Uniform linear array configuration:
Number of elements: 24
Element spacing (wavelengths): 0.75
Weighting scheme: binomial
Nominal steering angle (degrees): -30
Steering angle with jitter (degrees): -31.003
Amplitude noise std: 0.05
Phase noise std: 0.05

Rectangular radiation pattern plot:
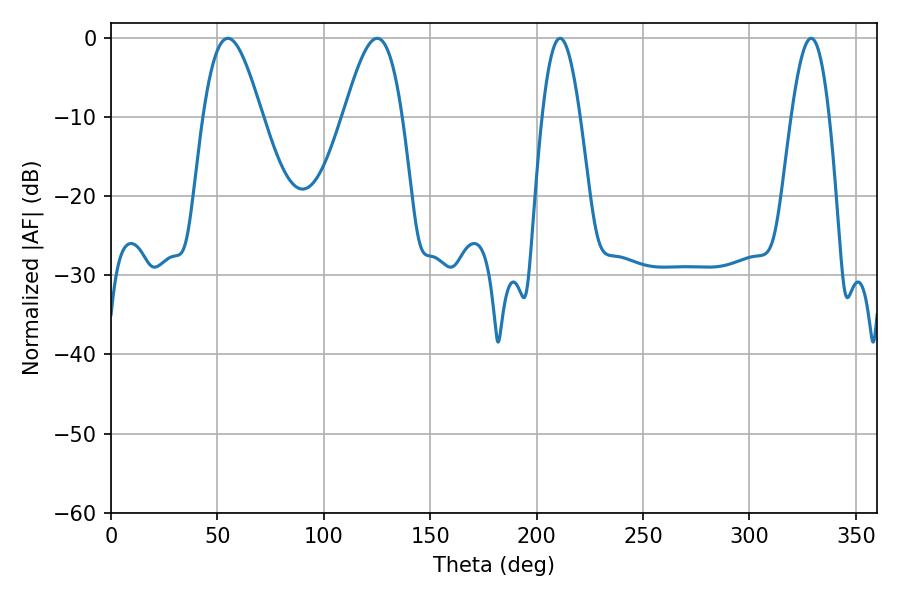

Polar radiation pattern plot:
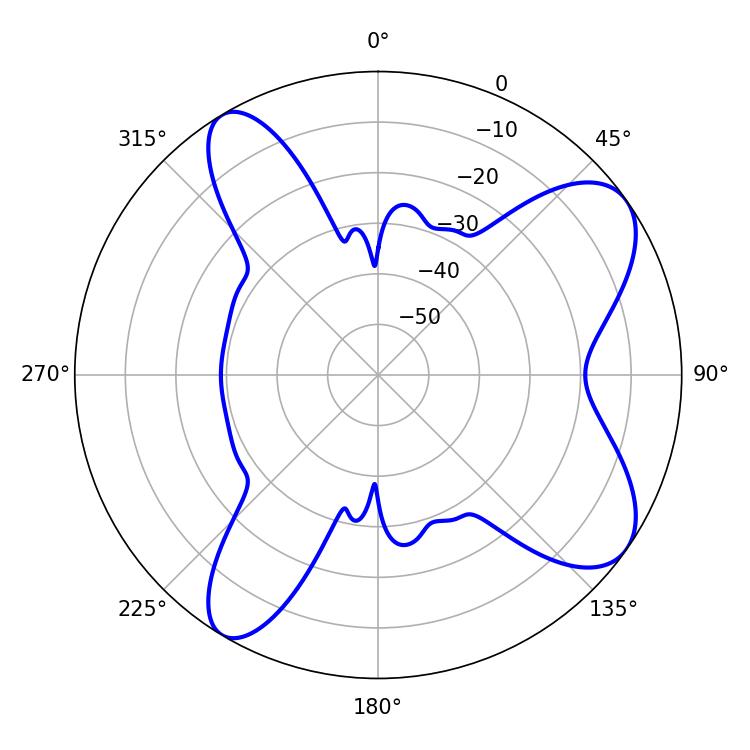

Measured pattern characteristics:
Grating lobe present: TRUE
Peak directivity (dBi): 8.462
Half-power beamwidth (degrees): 14.76
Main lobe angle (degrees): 54.9